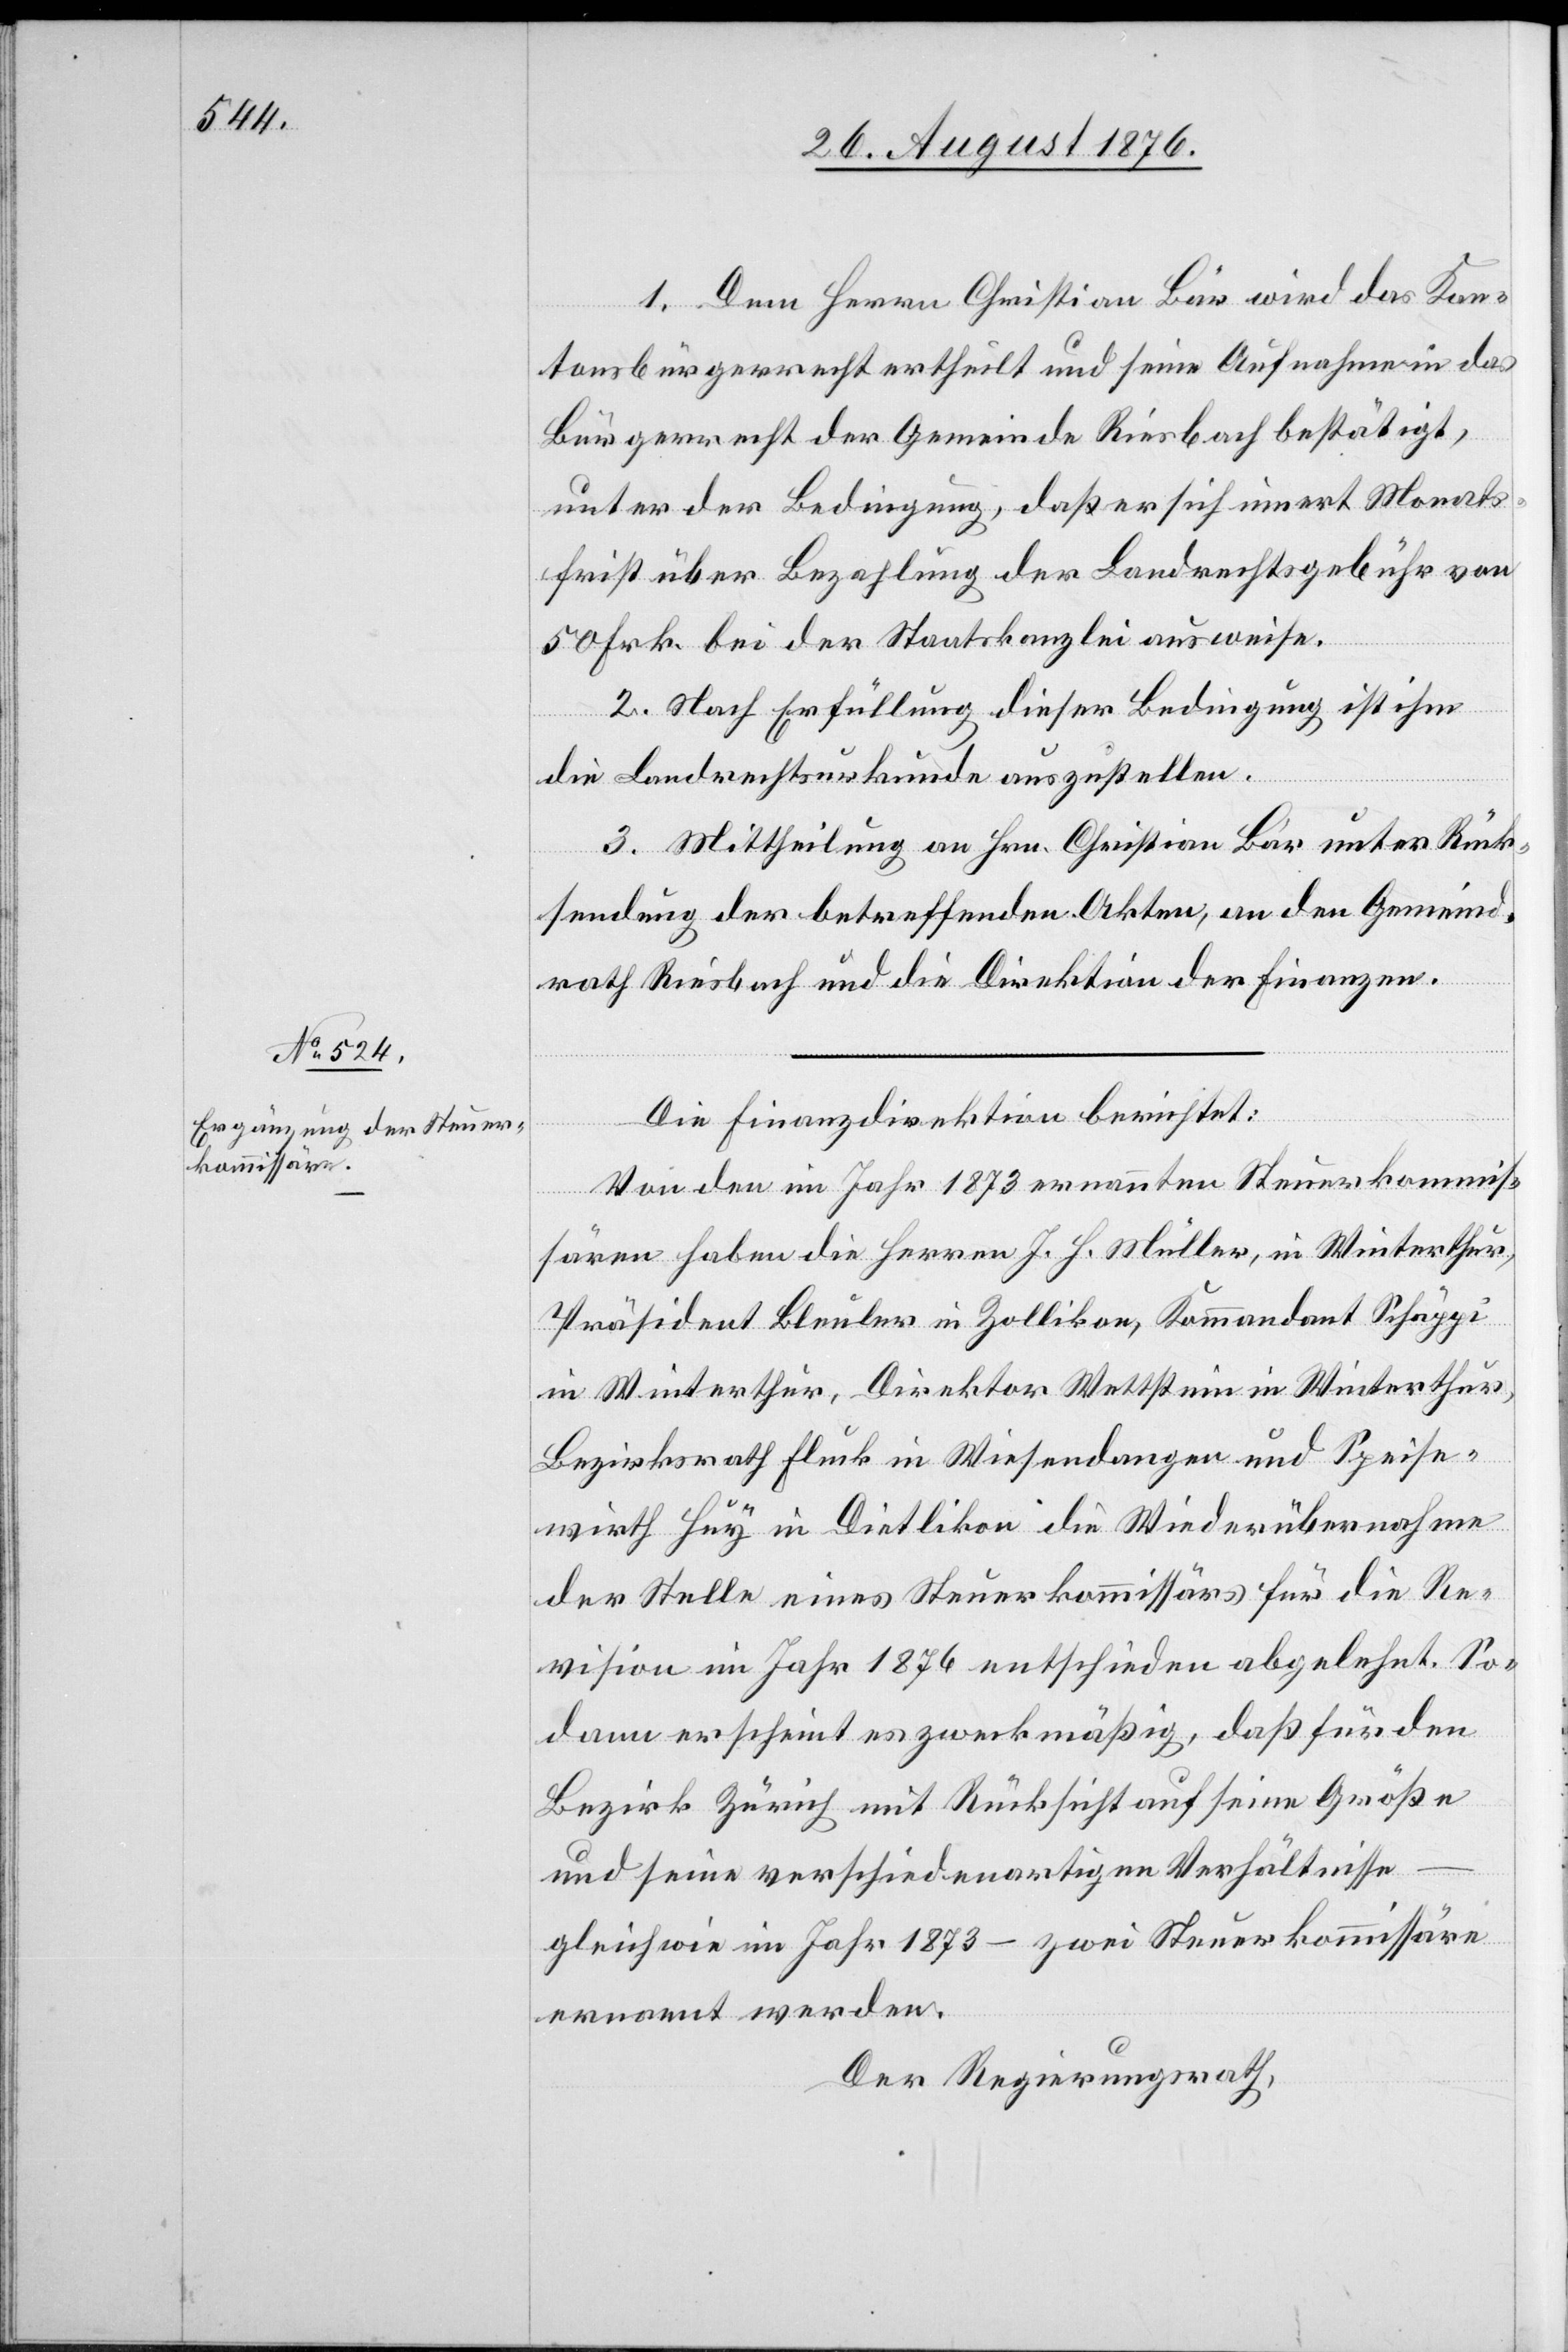
1. Dem Herrn Christian Bär wird das Kan¬
tonsbürgerrecht ertheilt und seine Aufnahme in das
Bürgerrecht der Gemeinde Riesbach bestätigt,
unter der Bedingung, daß er sich innert Monats¬
frist über Bezahlung der Einkaufsgebühren
50 bei der Staatskanzlei ausweise.
2. Nach Erfüllung dieser Bedingung ist ihm
die Landrechtsurkunde auszustellen.
Frk.
3. Mittheilung an Hrn. Christian Bär unter Rück¬
sendung der betreffenden Akten, an den Gemeind¬
rath Riesbach und die Direktion der Finanzen.
Die Finanzdirektion berichtet:
Von den im Jahr 1876 ernannten Steuerkommis¬
sären haben die Herren J. H. Müller, in Winterthur,
Präsident Bleuler in Zollikon, Kommandant Schäppi
in Winterthur, Direktor Wettstein in Winterthur,
von
Bezirksrath Fluck in Wiesendangen und Speise¬
wirth Huy in Dietlikon die Wiederübernahme
der Stelle eines Steuerkommissärs für die Re¬
vision im Jahr 1876 entschieden abgelehnt. So¬
dann erscheint es zweckmäßig, daß für den
Bezirk Zürich mit Rücksicht auf seine Größe
und seine verschiedenartigen Verhältnisse
gleich wie im Jahr 1873 – zwei Steuerkommissäre
ernannt werden.
Der Regierungsrath,